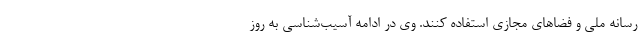
رسانه ملی و فضاهای مجازی استفاده کنند. وی در ادامه آسیب‌شناسی به روز